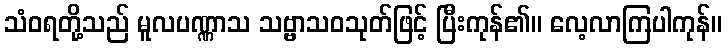
သံဝရတို့သည် မူလပဏ္ဏာသ သဗ္ဗာသဝသုတ်ဖြင့် ပြီးကုန်၏။ လေ့လာကြပါကုန်။